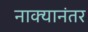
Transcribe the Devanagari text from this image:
नाक्यानंतर